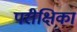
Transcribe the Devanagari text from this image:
परीक्षिका